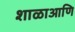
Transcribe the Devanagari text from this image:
शाळाआणि